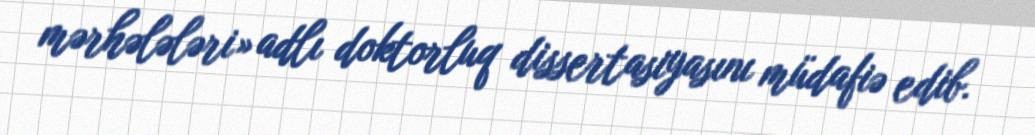
mərhələləri» adlı doktorluq dissertasiyasını müdafiə edib.